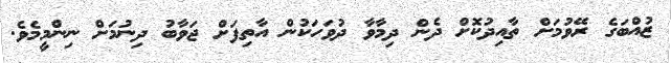
ޒުއްބަގެ ރޭވުމަށް ތާއިދުކޮށް ދެން ދިމާވާ ދުވަހަކުން އާތިފަށް ޖަވާބު ދިނުމަށް ނިންމީމެވެ.